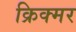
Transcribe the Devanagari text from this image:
क्रिक्मर